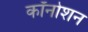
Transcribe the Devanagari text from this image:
कॉनोशन